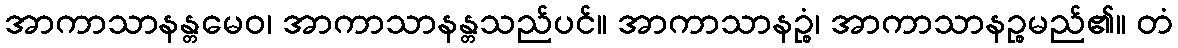
အာကာသာနန္တမေဝ၊ အာကာသာနန္တသည်ပင်။ အာကာသာနဉ္စံ၊ အာကာသာနဉ္စမည်၏။ တံ